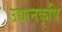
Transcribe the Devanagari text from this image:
उद्यानकृषि